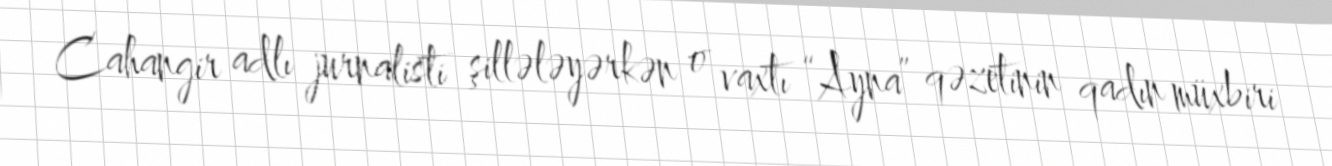
Cahangir adlı jurnalisti şillələyərkən o vaxtı “Ayna” qəzetinin qadın müxbiri